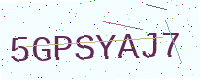
Text: 5GPSYAJ7